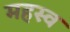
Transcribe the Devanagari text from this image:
महस्व